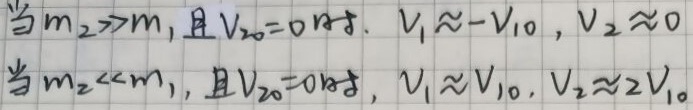
当$m_2\gg m_1$且$V_{20}=0$时，$V_1\approx -V_{10}$，$V_2\approx 0$
当$m_2\ll m_1$，且$V_{20}=0$时，$V_1\approx V_{10}$，$V_2\approx 2V_{10}$